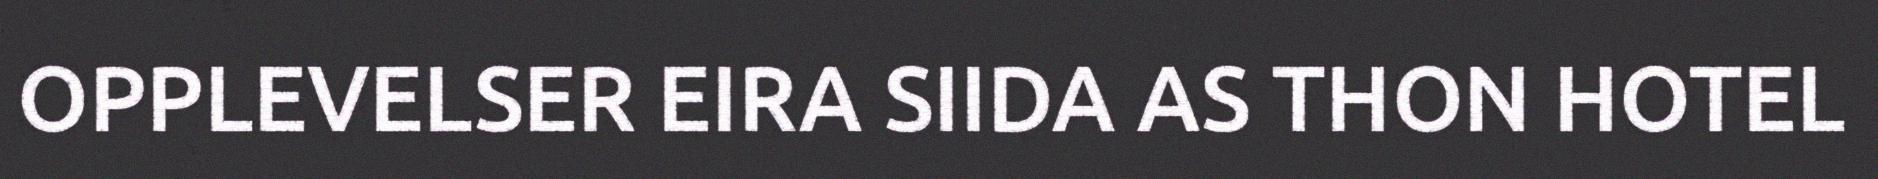
OPPLEVELSER EIRA SIIDA AS THON HOTEL